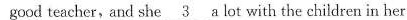
good teacher,and she \underline{3} a lot with the children in her class.